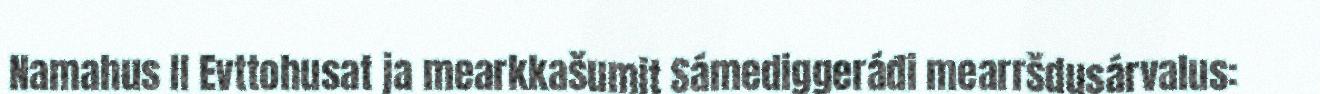
Namahus II Evttohusat ja mearkkašumit Sámediggeráđi mearršdusárvalus: